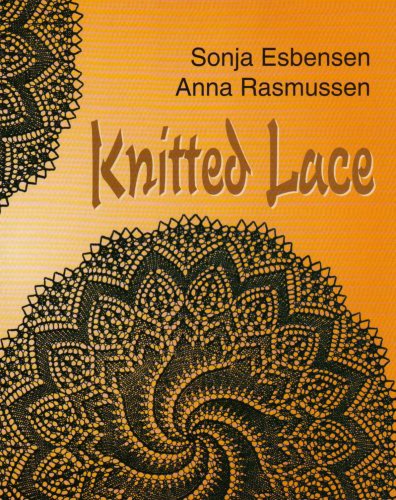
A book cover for Knitted Lace; Sonja Esbensen; Crafts, Hobbies & Home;